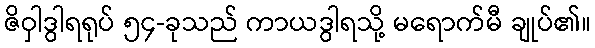
ဇိဝှါဒွါရရုပ် ၅၄-ခုသည် ကာယဒွါရသို့ မရောက်မီ ချုပ်၏။